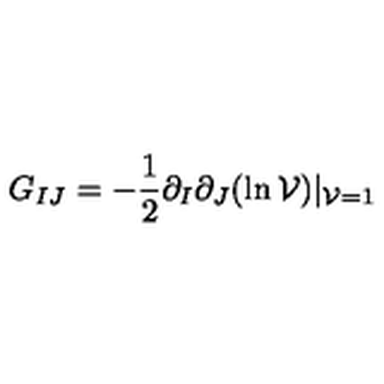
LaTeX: G _ { I J } = - { \frac { 1 } { 2 } } \partial _ { I } \partial _ { J } ( \ln { \cal V } ) | _ { { \cal V } = 1 }